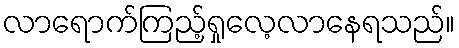
လာရောက်ကြည့်ရှုလေ့လာနေရသည်။